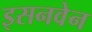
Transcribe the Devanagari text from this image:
इसनवेन